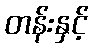
တန်းနှင့်